Indian journal of veterinary science and animal husbandry - Volumes 15-17, 1948-1951
Year: 1948
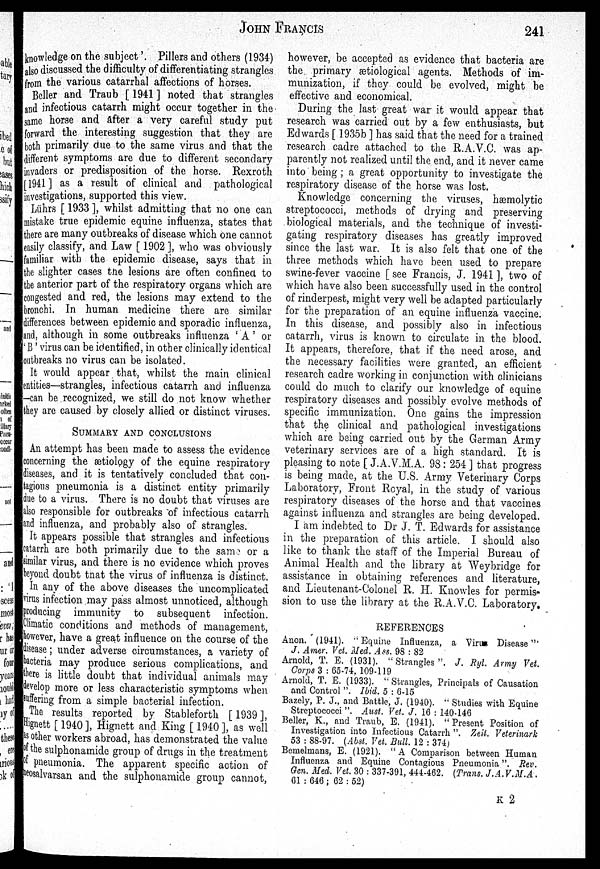
JOHN
FRANCIS
241
knowledge on the subject'. Pillers and others (1934)
also discussed the difficulty of differentiating strangles
from the various catarrhal affections of horses.
Beller and Traub [ 1941 ] noted that strangles
and infectious catarrh might occur together in the
same horse and after a very careful study put
forward the interesting suggestion that they are
both primarily due to the same virus and that the
different symptoms are due to different secondary
invaders or predisposition of the horse. Rexroth
[ 1941 ] as a result of clinical and pathological
investigations, supported this view.
Lührs [ 1933 ], whilst admitting that no one can
mistake true epidemic equine influenza, states that
there are many outbreaks of disease which one cannot
easily classify, and Law [ 1902 ], who was obviously
familiar with the epidemic disease, says that in
the slighter cases the lesions are often confined to
the anterior part of the respiratory organs which are
congested and red, the lesions may extend to the
bronchi. In human medicine there are similar
differences between epidemic and sporadic influenza,
and, although in some outbreaks influenza ' A ' or
'B' virus can be identified, in other clinically identical
outbreaks no virus can be isolated.
It would appear that, whilst the main clinical
entities—strangles, infectious catarrh and influenza
-can be recognized, we still do not know whether
they are caused by closely allied or distinct viruses.
SUMMARY AND CONCLUSIONS
An attempt has been made to assess the evidence
concerning the ætiology of the equine respiratory
diseases, and it is tentatively concluded that con-
tagious pneumonia is a distinct entity primarily
due to a virus. There is no doubt that viruses are
also responsible for outbreaks of infectious catarrh
and influenza, and probably also of strangles.
It appears possible that strangles and infectious
catarrh are both primarily due to the same or a
similar virus, and there is no evidence which proves
beyond doubt that the virus of influenza is distinct.
In any of the above diseases the uncomplicated
virus infection may pass almost unnoticed, although
producing immunity to subsequent infection.
Climatic conditions and methods of management,
however, have a great influence on the course of the
disease; under adverse circumstances, a variety of
bacteria may produce serious complications, and
there is little doubt that individual animals may
develop more or less characteristic symptoms when
suffering from a simple bacterial infection.
The results reported by Stableforth [ 1939 ],
Hignett [ 1940], Hignett and King [ 1940], as well
as other workers abroad, has demonstrated the value
of the sulphonamide group of drugs in the treatment
of pneumonia. The apparent specific action of
heosalvarsan and the sulphonamide group cannot,
however, be accepted as evidence that bacteria are
the primary ætiological agents. Methods of im-
munization, if they could be evolved, might be
effective and economical.
During the last great war it would appear that
research was carried out by a few enthusiasts, but
Edwards [ 1935b ] has said that the need for a trained
research cadre attached to the R.A.V.C. was ap-
parently not realized until the end, and it never came
into being ; a great opportunity to investigate the
respiratory disease of the horse was lost.
Knowledge concerning the viruses, hæmolytic
streptococci, methods of drying and preserving
biological materials, and the technique of investi-
gating respiratory diseases has greatly improved
since the last war. It is also felt that one of the
three methods which have been used to prepare
swine-fever vaccine [ see Francis, J. 1941 ], two of
which have also been successfully used in the control
of rinderpest, might very well be adapted particularly
for the preparation of an equine influenza vaccine.
In this disease, and possibly also in infectious
catarrh, virus is known to circulate in the blood.
It appears, therefore, that if the need arose, and
the necessary facilities were granted, an efficient
research cadre working in conjunction with clinicians
could do much to clarify our knowledge of equine
respiratory diseases and possibly evolve methods of
specific immunization. One gains the impression
that the clinical and pathological investigations
which are being carried out by the German Army
veterinary services are of a high standard. It is
pleasing to note [ J.A.V.M.A. 98: 254 ] that progress
is being made, at the U.S. Army Veterinary Corps
Laboratory, Front Royal, in the study of various
respiratory diseases of the horse and that vaccines
against influenza and strangles are being developed.
I am indebted to Dr J. T. Edwards for assistance
in the preparation of this article. I should also
like to thank the staff of the Imperial Bureau of
Animal Health and the library at Weybridge for
assistance in obtaining references and literature,
and Lieutenant-Colonel R. H. Knowles for permis-
sion to use the library at the R.A.V.C. Laboratory.
REFERENCES
Anon. (1941). " Equine Influenza, a Virus Disease"'
J. Amer. Vet. Med.. Ass. 98 : 82
Arnold, T. E. (1931). "Strangles". J. Ryl. Army Vet.
Corps 3 : 65-74, 109-119
Arnold, T. E. (1933). "Strangles, Principals of Causation
and Control ". Ibid. 5 : 6-15
Bazely, P. J., and Battle, J. (1940). " Studies with Equine
Streptococci ". Aust. Vet. J. 16 : 140-146
Beller, K., and Traub, E. (1941). "Present Position of
Investigation into Infectious Catarrh ". Zeit, Veterinark
53 : 88-97. (Abst. Vet. Bull. 12 : 374)
Bemelmans, E. (1921). " A Comparison between Human
Influenza and Equine Contagious Pneumonia". Rev.
Gen. Med. Vet. 30 : 337-391, 444-462. (Trans. J.A.V.M.A .
61 : 646 ; 62 : 52)
K 2